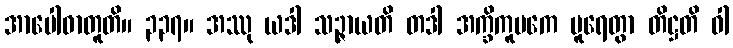
အာပေါဓာတူတိ။ ၃၃၇။ အဿု ယဒါ သဉ္ဇာယတိ တဒါ အက္ခိကူပကေ ပူရေတွာ တိဋ္ဌတိ ဝါ